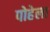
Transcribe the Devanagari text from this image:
पोहेला